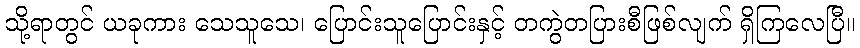
သို့ရာတွင် ယခုကား သေသူသေ၊ ပြောင်းသူပြောင်းနှင့် တကွဲတပြားစီဖြစ်လျက် ရှိကြလေပြီ။